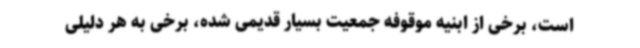
است، برخی از ابنیه موقوفه جمعیت بسیار قدیمی شده، برخی به هر دلیلی